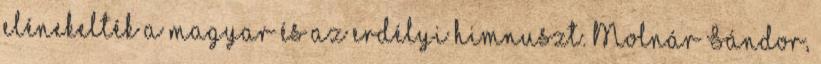
elénekelték a magyar és az erdélyi himnuszt. Molnár Sándor,